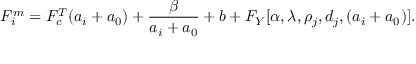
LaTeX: F _ { i } ^ { m } = F _ { c } ^ { T } ( a _ { i } + a _ { 0 } ) + \frac { \beta } { a _ { i } + a _ { 0 } } + b + F _ { Y } [ \alpha , \lambda , \rho _ { j } , d _ { j } , ( a _ { i } + a _ { 0 } ) ] .